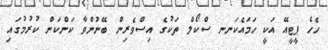
ހެހެ ޕީޓީއޭ އަކީ ހަމައެކަނނ ސްކޯލް ތަކުގެ އިސްވެރިން ބޭނުންވާ ކަންކަން ކުރުމުގައި